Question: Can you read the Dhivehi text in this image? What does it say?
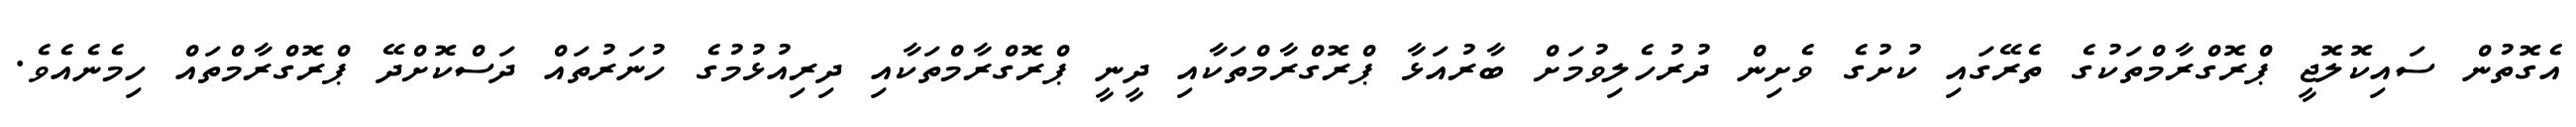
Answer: އެގޮތުން ސައިކޮލޮޖީ ޕްރޮގްރާމްތަކުގެ ތެރޭގައި ކުށުގެ ވެށިން ދުރުހެލިވުމަށް ބާރުއަޅާ ޕްރޮގްރާމްތަކާއި ދީނީ ޕްރޮގްރާމްތަކާއި ދިރިއުޅުމުގެ ހުނަރުތައް ދަސްކޮށްދޭ ޕްރޮގްރާމްތައް ހިމެނެއެވެ.